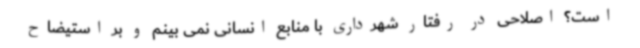
است؟ اصلاحی در رفتار شهرداری با منابع انسانی نمی بینم و بر استیضاح